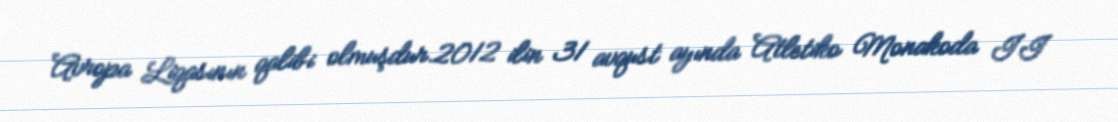
Avropa Liqasının qalibi olmuşdur.2012 ilin 31 avqust ayında Atletiko Monakoda II